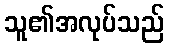
သူ၏အလုပ်သည်